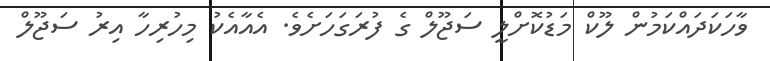
ވާހަކަދައްކަމުން ލޫކް މަޑުކޮށްލީ ސަޖޫލް ގެ ފުރަގަހަށެވެ. އެއާއެކު މިހުރިހާ އިރު ސަޖޫލް